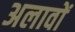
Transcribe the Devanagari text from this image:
अलावों